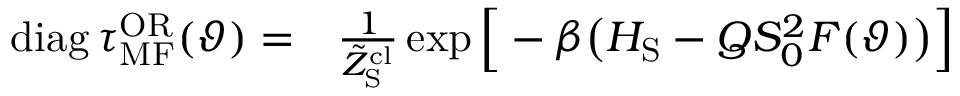
\begin{array} { r l } { \mathrm { d i a g } \, \tau _ { \mathrm { M F } } ^ { \mathrm { O R } } ( \vartheta ) = } & { { } \frac { 1 } { \tilde { Z } _ { \mathrm { S } } ^ { \mathrm { c l } } } \exp \Big [ - \beta \big ( H _ { \mathrm { S } } - Q S _ { 0 } ^ { 2 } F ( \vartheta ) \big ) \Big ] } \end{array}